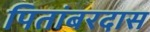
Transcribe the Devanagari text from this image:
पितांबरदास